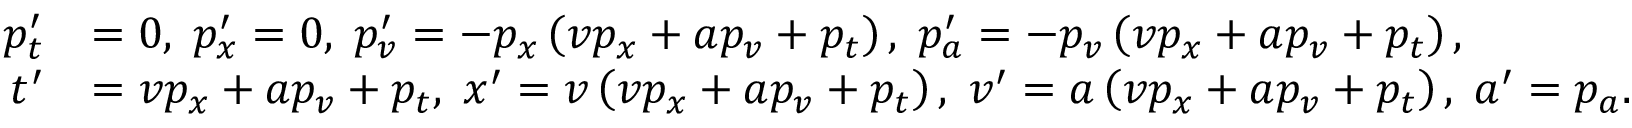
\begin{array} { r l } { p _ { t } ^ { \prime } } & { = 0 , \; p _ { x } ^ { \prime } = 0 , \; p _ { v } ^ { \prime } = - p _ { x } \left( v p _ { x } + a p _ { v } + p _ { t } \right) , \; p _ { a } ^ { \prime } = - p _ { v } \left( v p _ { x } + a p _ { v } + p _ { t } \right) , } \\ { t ^ { \prime } } & { = v p _ { x } + a p _ { v } + p _ { t } , \; x ^ { \prime } = v \left( v p _ { x } + a p _ { v } + p _ { t } \right) , \; v ^ { \prime } = a \left( v p _ { x } + a p _ { v } + p _ { t } \right) , \; a ^ { \prime } = p _ { a } . } \end{array}